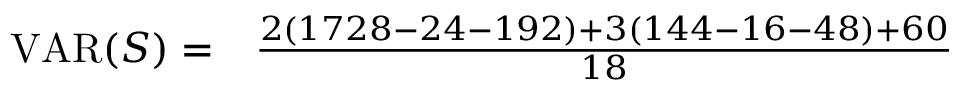
\begin{array} { r l } { \operatorname { V A R } ( S ) = } & { { } { \frac { 2 ( 1 7 2 8 - 2 4 - 1 9 2 ) + 3 ( 1 4 4 - 1 6 - 4 8 ) + 6 0 } { 1 8 } } } \end{array}